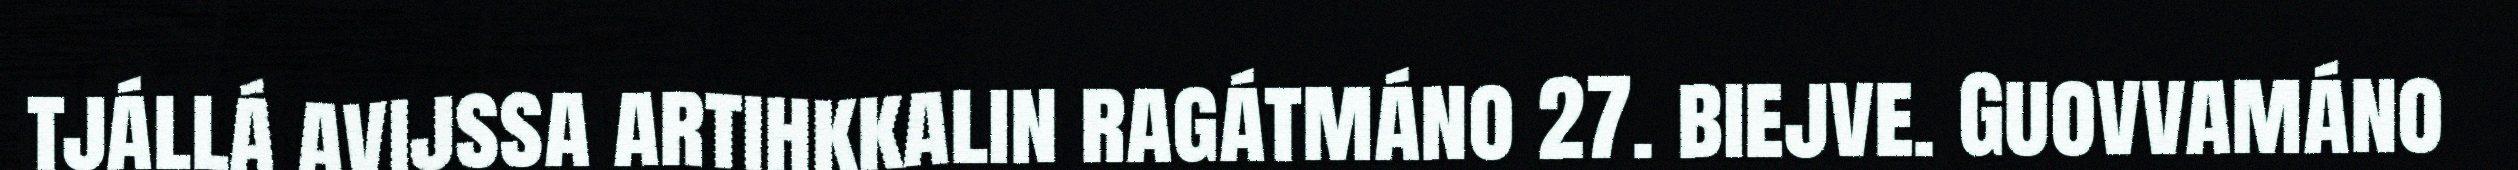
tjállá avijssa artihkkalin ragátmáno 27. biejve. Guovvamáno